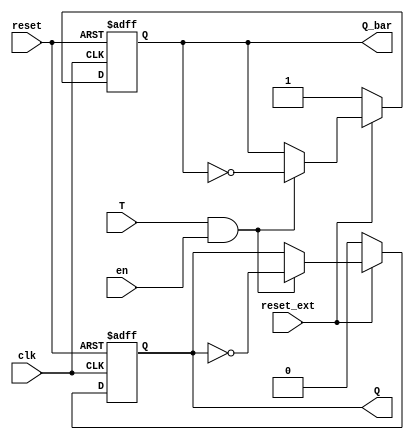
module T_FF_Behavioral( output reg Q, output reg Q_bar, 
			   			input wire T, clk, reset, reset_ext, en);

initial begin
    Q <= 1;
    Q_bar <= 0;
end

always @ (posedge clk, negedge reset) begin
    if(!reset) begin
		Q <= 0;
		Q_bar <= 1;
    end
	else if(!reset_ext) begin
		Q <= 0;
		Q_bar <= 1;
	end
    else begin
		if(T && en) begin
		    Q <= ~Q;
	 	   Q_bar <= ~Q_bar;
		end
		else begin
	 	   Q <= Q;
	  	  Q_bar <= Q_bar;
		end
    end

end


endmodule